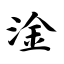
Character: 淦